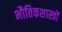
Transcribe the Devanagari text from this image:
भौतिकशास्त्रों